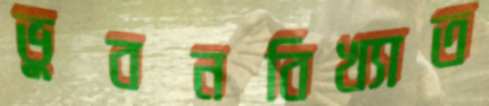
ভুবনবিখ্যাত